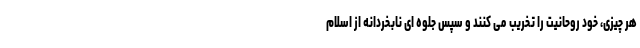
هر چیزی، خود روحانیت را تخریب می کنند و سپس جلوه ای نابخردانه از اسلام